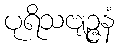
ပုရိသဗျဉ္ဇနံ